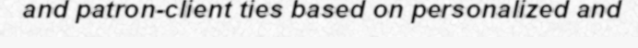
and patron-client ties based on personalized and